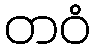
တဝံ